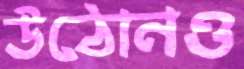
উঠোনও